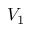
V _ { 1 }